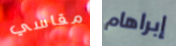
مقاسي إبراهام